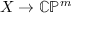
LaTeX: X \to \mathbb { C P } ^ { m }